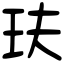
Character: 玞